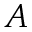
A